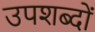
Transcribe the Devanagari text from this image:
उपशब्दों